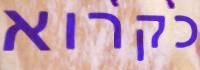
כקרוא